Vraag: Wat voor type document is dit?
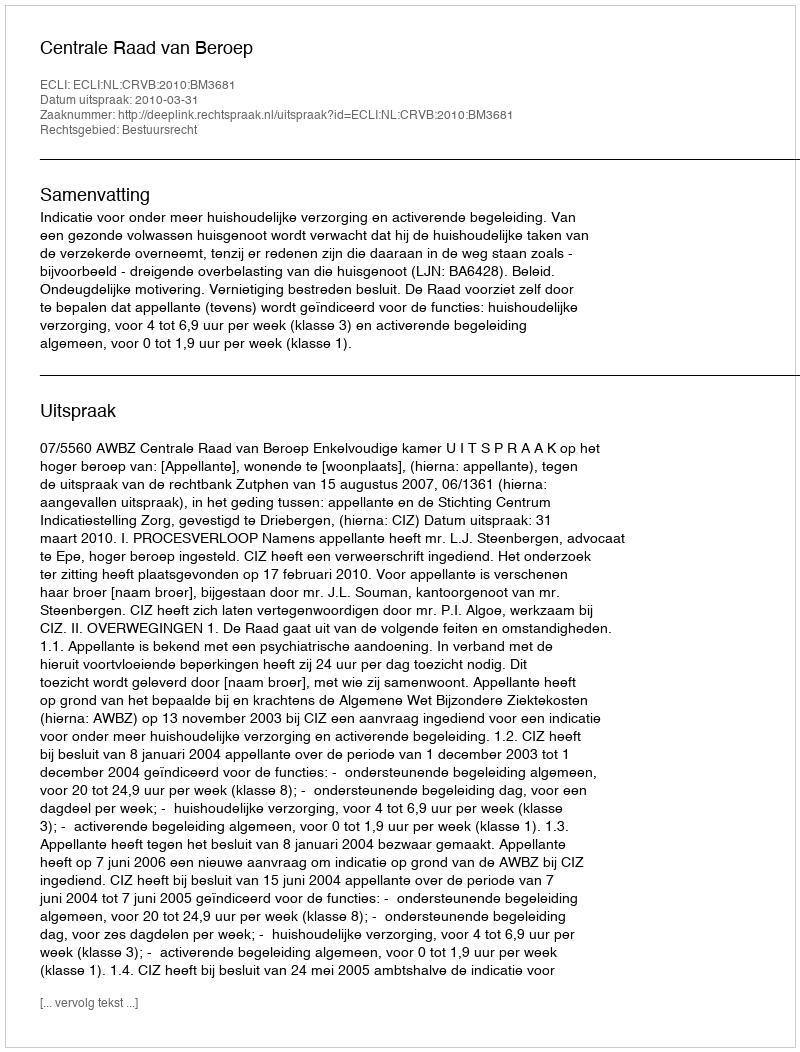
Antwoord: Uitspraak